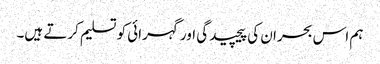
ہم اس بحران کی پیچیدگی اور گہرائی کو تسلیم کرتے ہیں۔